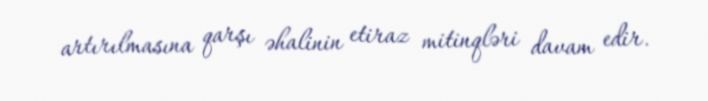
artırılmasına qarşı əhalinin etiraz mitinqləri davam edir.